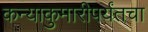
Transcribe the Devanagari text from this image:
कन्याकुमारीपर्यंतचा